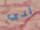
لدي